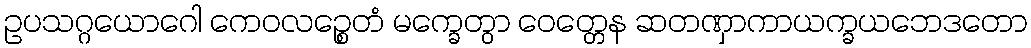
ဥပသဂ္ဂယောဂေါ ကေဝလဉ္စေတံ မက္ခေတွာ ဝေတ္တေန ဆတဏှာကာယက္ခယဘေဒတော